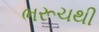
ભરૂચથી